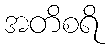
အတိစရိ